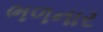
ભળનાર